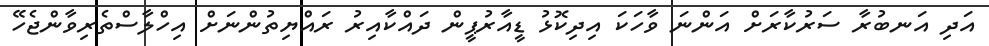
އަދި އަނބުރާ ސަރުކާރަށް އަންނަ ވާހަކަ އިދިކޮޅު ޑީއާރުޕީން ދައްކާއިރު ރައްޔިތުންނަށް އިހްލާސްތެރިވާންޖެހޭ